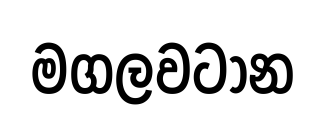
මගලවටාන